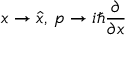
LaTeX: x \to { \hat { x } } , \, p \to i \hbar { \frac { \partial } { \partial x } }